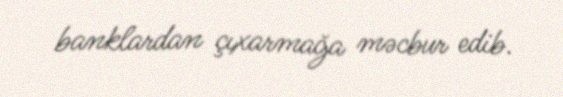
banklardan çıxarmağa məcbur edib.